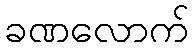
ခဏလောက်